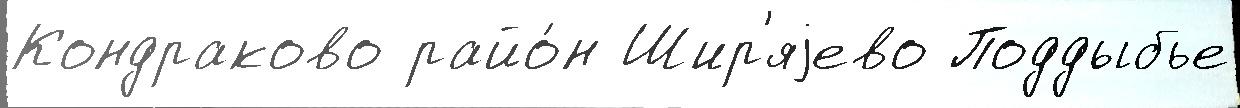
Кондраково райо́н Шир'яjево Поддыбье